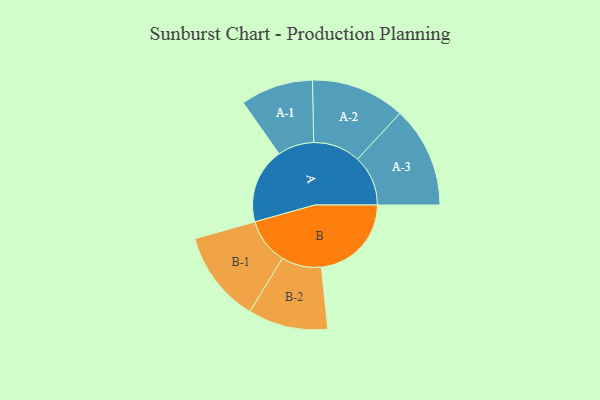
{"axis": {"x": "Segment", "y": "Value"}, "legend": ["", "A", "B"], "data": [{"x": "A", "y": 329, "type": ""}, {"x": "B", "y": 392, "type": ""}, {"x": "A-1", "y": 158, "type": "A"}, {"x": "A-2", "y": 205, "type": "A"}, {"x": "A-3", "y": 220, "type": "A"}, {"x": "B-1", "y": 200, "type": "B"}, {"x": "B-2", "y": 174, "type": "B"}]}